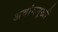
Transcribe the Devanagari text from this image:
अवांगमुखी